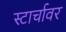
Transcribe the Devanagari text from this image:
स्टार्चावर